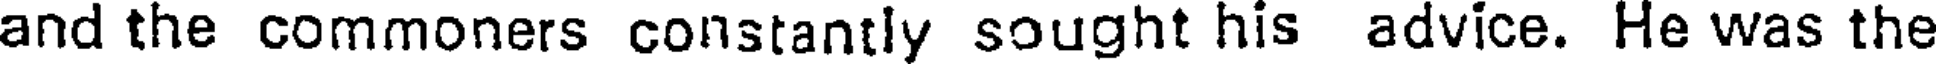
and the commoners constantly sought his advice. He was the